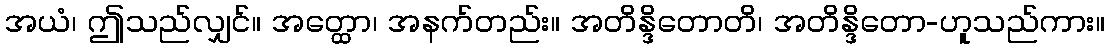
အယံ၊ ဤသည်လျှင်။ အတ္ထော၊ အနက်တည်း။ အတိန္ဒိတောတိ၊ အတိန္ဒိတော-ဟူသည်ကား။